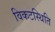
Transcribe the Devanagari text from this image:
विकटस्थिति